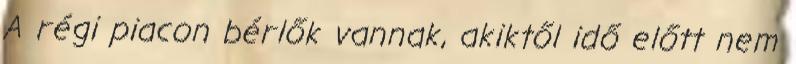
A régi piacon bérlők vannak, akiktől idő előtt nem